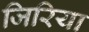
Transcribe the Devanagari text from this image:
जिरिया